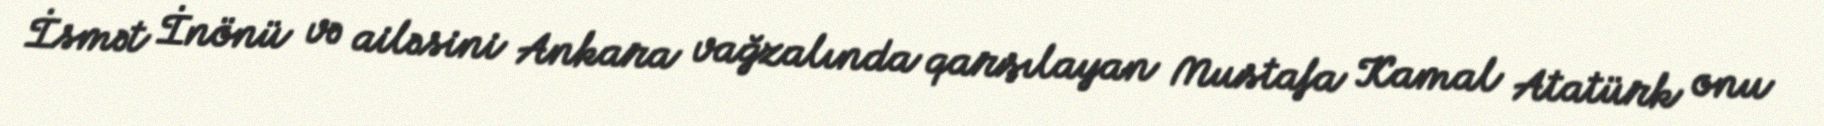
İsmət İnönü və ailəsini Ankara vağzalında qarşılayan Mustafa Kamal Atatürk onu